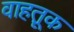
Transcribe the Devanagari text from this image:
वाहतू़क